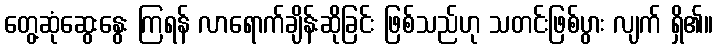
တွေ့ဆုံဆွေးနွေး ကြရန် လာရောက်ချိန်းဆိုခြင်း ဖြစ်သည်ဟု သတင်းဖြစ်ပွား လျက် ရှိ၏။